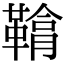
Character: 𩌒